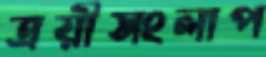
ত্রয়ীসংলাপ